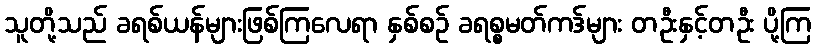
သူတို့သည် ခရစ်ယန်များဖြစ်ကြလေရာ နှစ်စဉ် ခရစ္စမတ်ကဒ်များ တဦးနှင့်တဦး ပို့ကြ